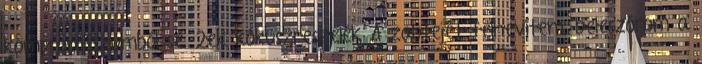
kompromisszumból se. 2ek kókuszreszelék A zabtejet felhevítem, beleszórom a